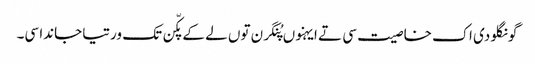
گونگلو دی اک خاصیت سی تے ایہنوں پُنگرن توں لے کے پکّن تک ورتیا جاندا سی۔